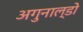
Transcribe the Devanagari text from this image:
अगुनाल्डो